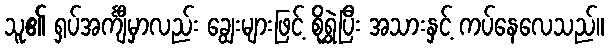
သူ၏ ရှပ်အင်္ကျီမှာလည်း ချွေးများဖြင့် စိုရွှဲပြီး အသားနှင့် ကပ်နေလေသည်။